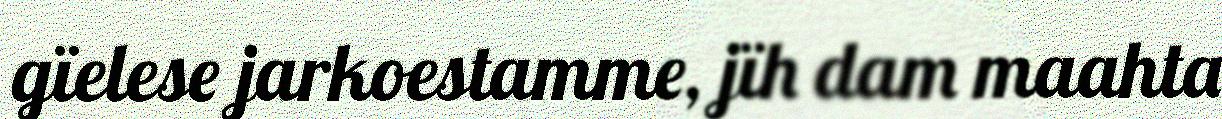
gïelese jarkoestamme, jïh dam maahta